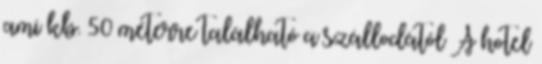
ami kb. 50 méterre található a szállodától A hotel